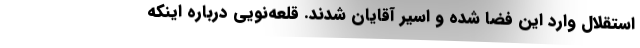
استقلال وارد این فضا شده و اسیر آقایان شدند. قلعه‌نویی درباره اینکه